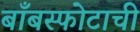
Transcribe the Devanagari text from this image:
बाँबस्फोटाची